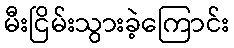
မီးငြိမ်းသွားခဲ့ကြောင်း